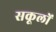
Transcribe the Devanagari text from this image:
सकूलों